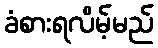
ခံစားရလိမ့်မည်